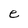
Character: e